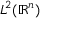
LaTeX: L ^ { 2 } ( \mathbb { R } ^ { n } )